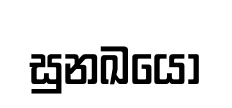
සුනඛයෝ